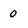
Character: 0